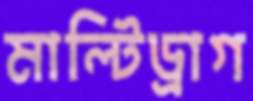
মাল্টিড্রাগ